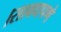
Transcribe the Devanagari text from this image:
।सावधपणे